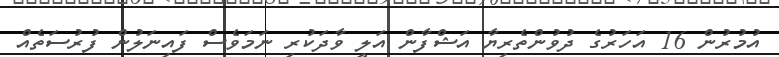
އުމުރުން 16 އަހަރުގެ ދުވުންތެރިޔާ އަޝްފާން އަލީ ވާދަކުރި ނަމަވެސް ފައިނަލުން ފުުރުސަތެއް